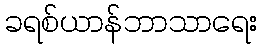
ခရစ်ယာန်ဘာသာရေး